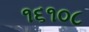
૧૬૧૦૮